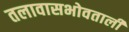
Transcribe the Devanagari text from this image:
तलावासभोवताली